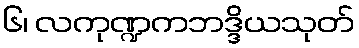
၆၊ လကုဏ္ဍကဘဒ္ဒိယသုတ်